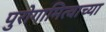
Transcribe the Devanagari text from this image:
पुरोगामित्वाच्या